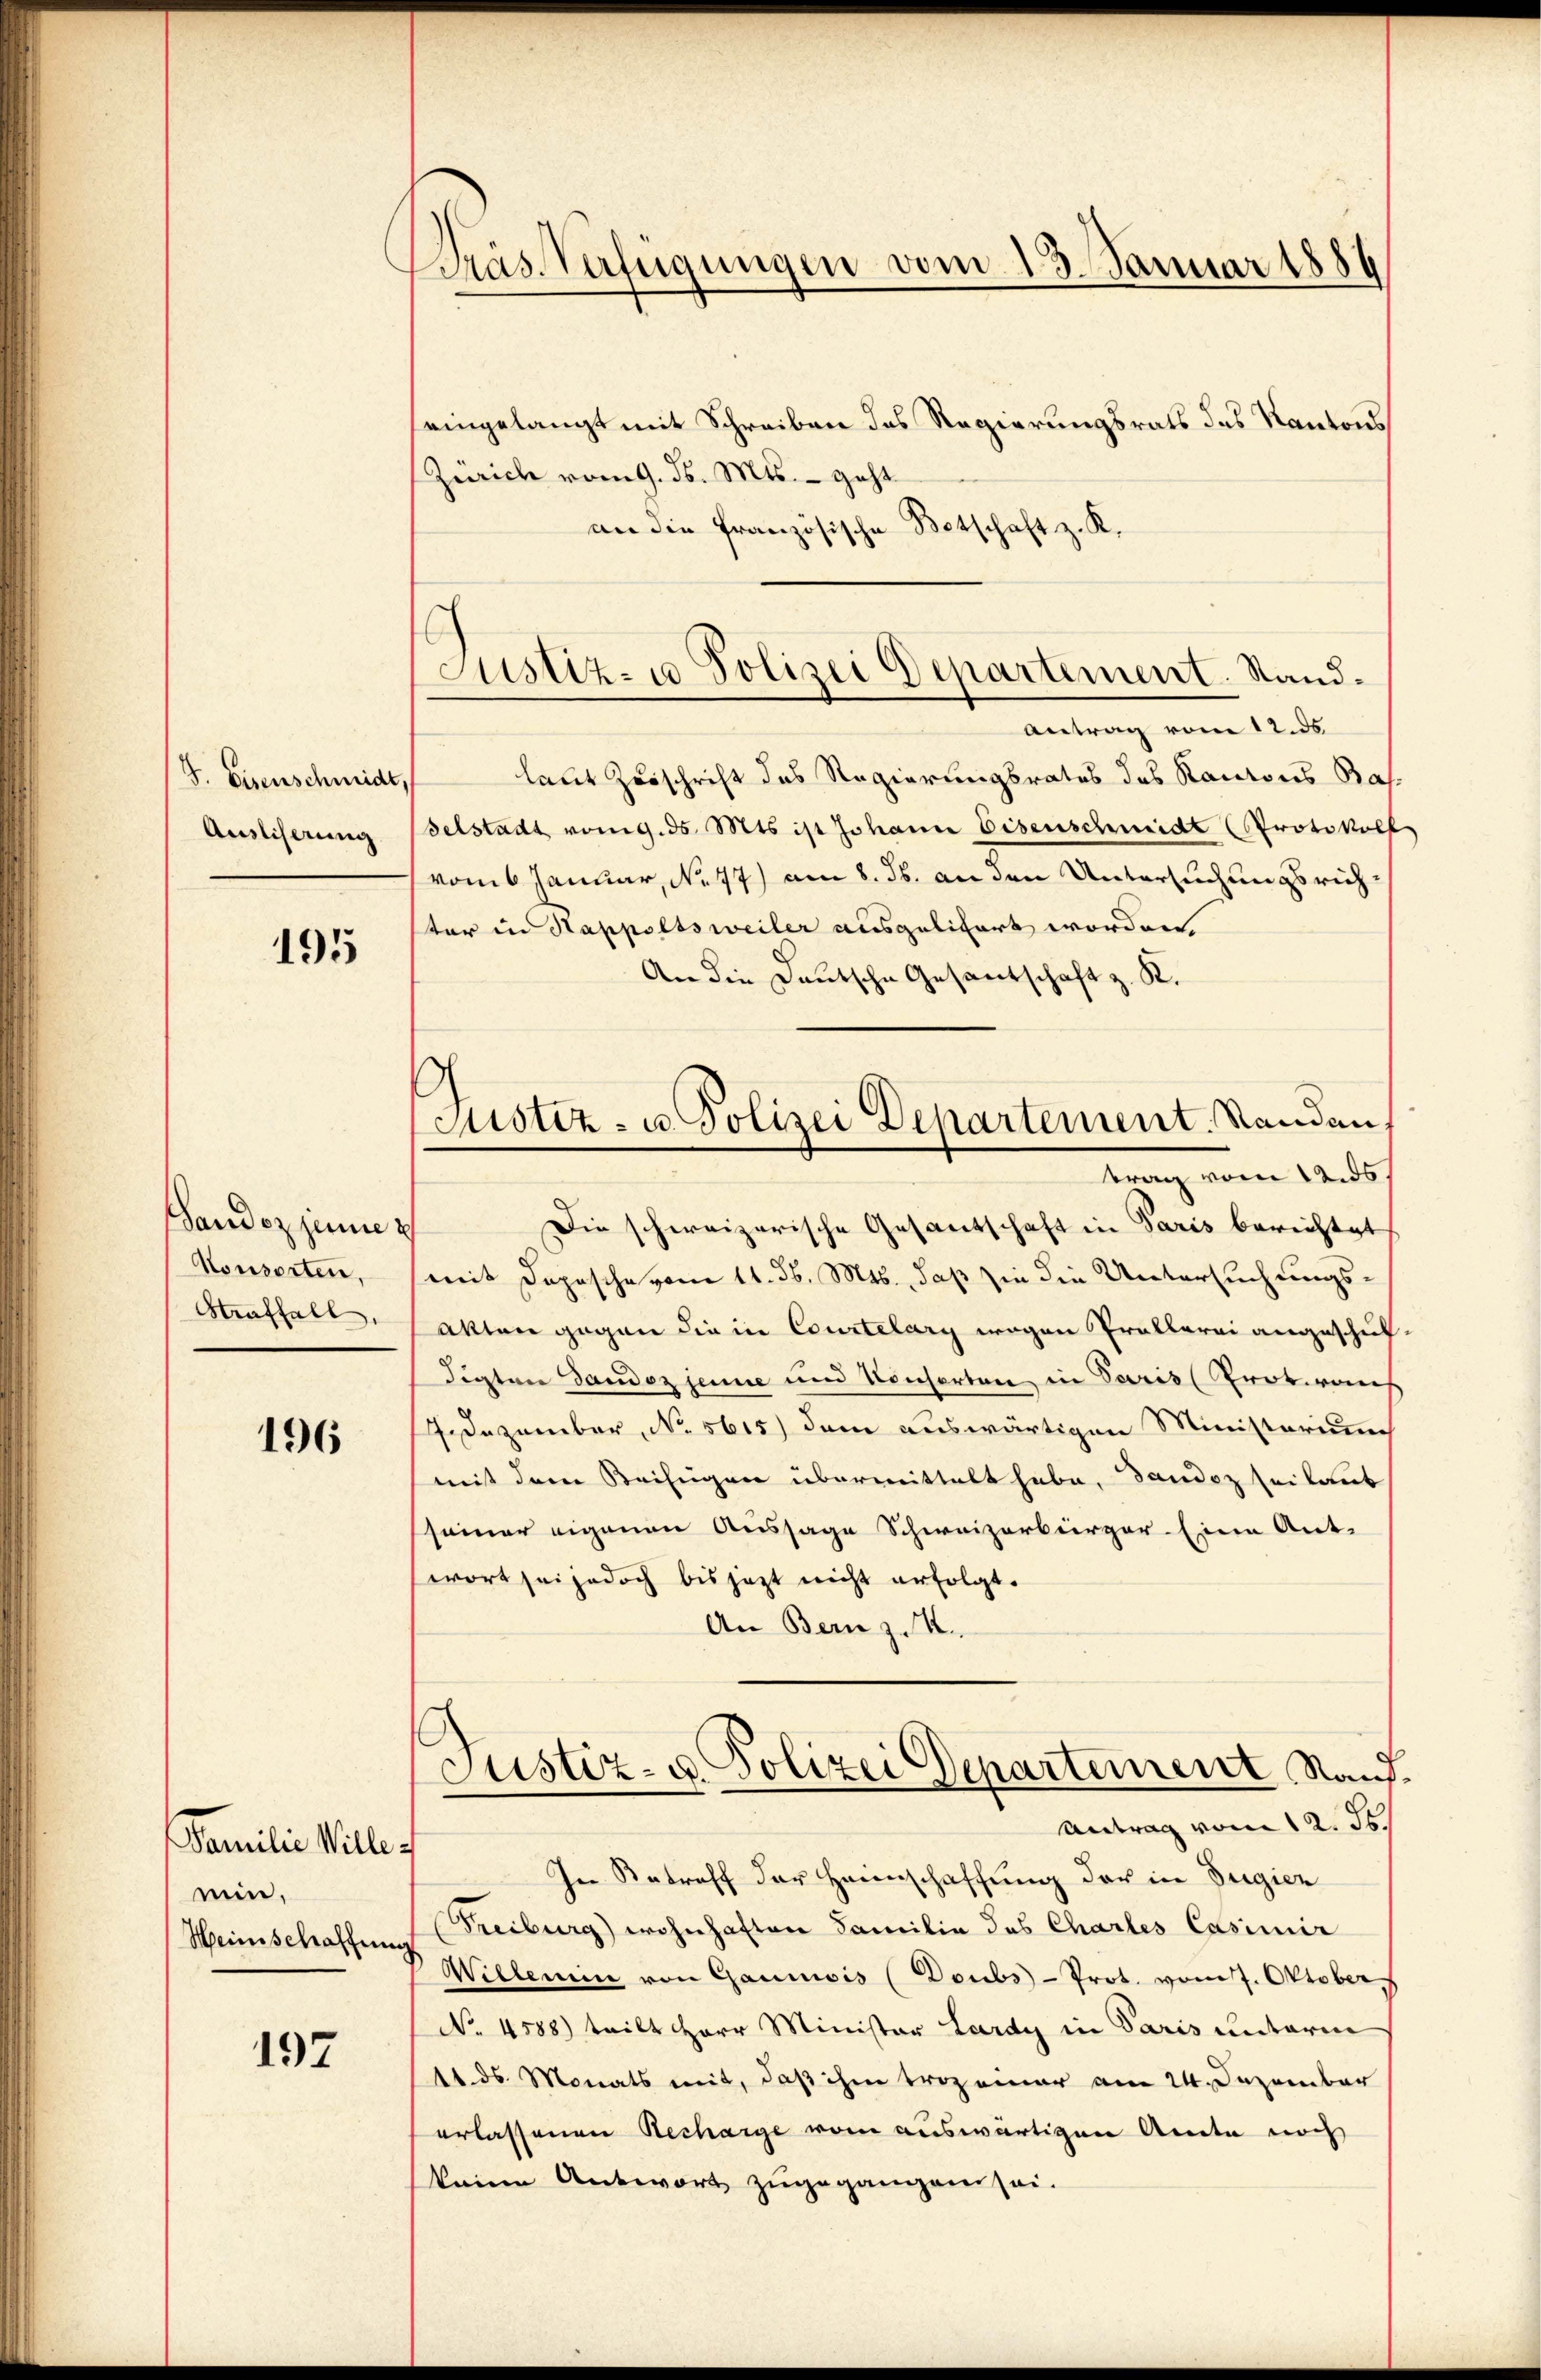
J. Eisenschmidt,
Ausliserung

195

Sandes jenes
Konsorten.
Straffall

196

Familie Wille
ein,
Heinschaffung

192

Präs. Verfügungen vom 13. Januar 1886

Justiz- u. Polizei Departement. Sand¬

Justiz- u. Polizei Departement. Standen,
trag vom Lands

seingelangt mit Schreiben des Regierungsrats das Kantons
Zürich vom 9. ds. Mts. – geht
an die französische Botschaft z. K.
Antrag vom 12. ds
laut Zuschrift des Regierungsrates des Kantons Bas
Felstadt vom g. d. Mts ist Johann Eisenschmidt Protokoll
vom 6 Januar, No. 77) am 8. ds. an den Untersuchungsrich
ter in Stappoltsweiler ausgelitert worden,
An die Deutsche Gesantschaft z. R.
Die schweizerische Gesandschaft in Paris berichtet
mit Depesche vom 11. d. Mts., daß sie die Untersuchungs¬
Akten gegen die in Courtelary wegen Prallerei angeschul
Sigtner Sandoz jeune und Konsorten in Paris (Protrans
7 Dezember, No 5615) dem auswärtigen Ministorium
mit dem Beifügen übermittelt habe, dandoz seilaub
seiner eigenen Aussage Schweizerbürger Eine Ant-
wort sei jedoch bis jetzt nicht erfolgt.
An Bern z. K.
Justiz- u. Polizei Departement Rand
Antrag vom 12. ds.
In Betreff der Heimschaffung der in Bugier
Freiburg) wohnhaften Familie des Chartes Casimir
Willerin von Gancois (Doubs-Prot. vom 7. Oktober
No 4588) teilt Herr Minister Lardy in Paris unterm
14. ds. Monats mit, daß ihm trozemar am 24. Dezember
erlassenen Recharge vom auswärtigen Amte noch
keine Antwort zugegangen sei.